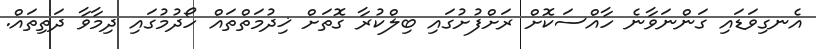
އެނގިވަޑައި ގަންނަވާނެ ހާއްސަކޮށް ރަށްފުށުގައި ބިލްކުރާ ގޮތަށް ޚިދުމަތްތައް ހޯދުމުގައި ދިމާވާ ދަތިތައް.